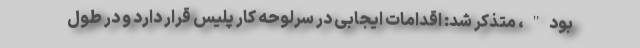
بود"، متذکر شد: اقدامات ایجابی در سرلوحه کار پلیس قرار دارد و در طول